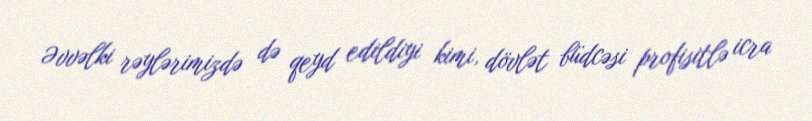
Əvvəlki rəylərimizdə də qeyd edildiyi kimi, dövlət büdcəsi profisitlə icra